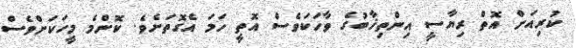
ކުރިއަށް އޮތް ރިޔާސީ އިންތިޚާބުގެ ވާހަކަވެސް އޮތީ ހަމަ އެގޮތަށެވެ. ކޮންމެ މީހަކަށްވެސް